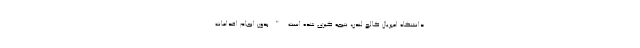
دانشگاه امپريال كالج لندن، نتيجه گيري شده است "بدون انجام اقدامات